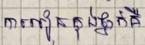
ការរៀនក្នុងថ្នាក់គឺ